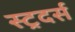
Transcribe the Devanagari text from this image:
स्ट्रदर्स